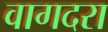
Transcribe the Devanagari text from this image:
वागदरा